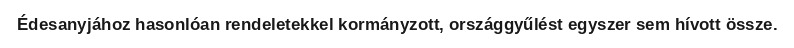
Édesanyjához hasonlóan rendeletekkel kormányzott, országgyűlést egyszer sem hívott össze.